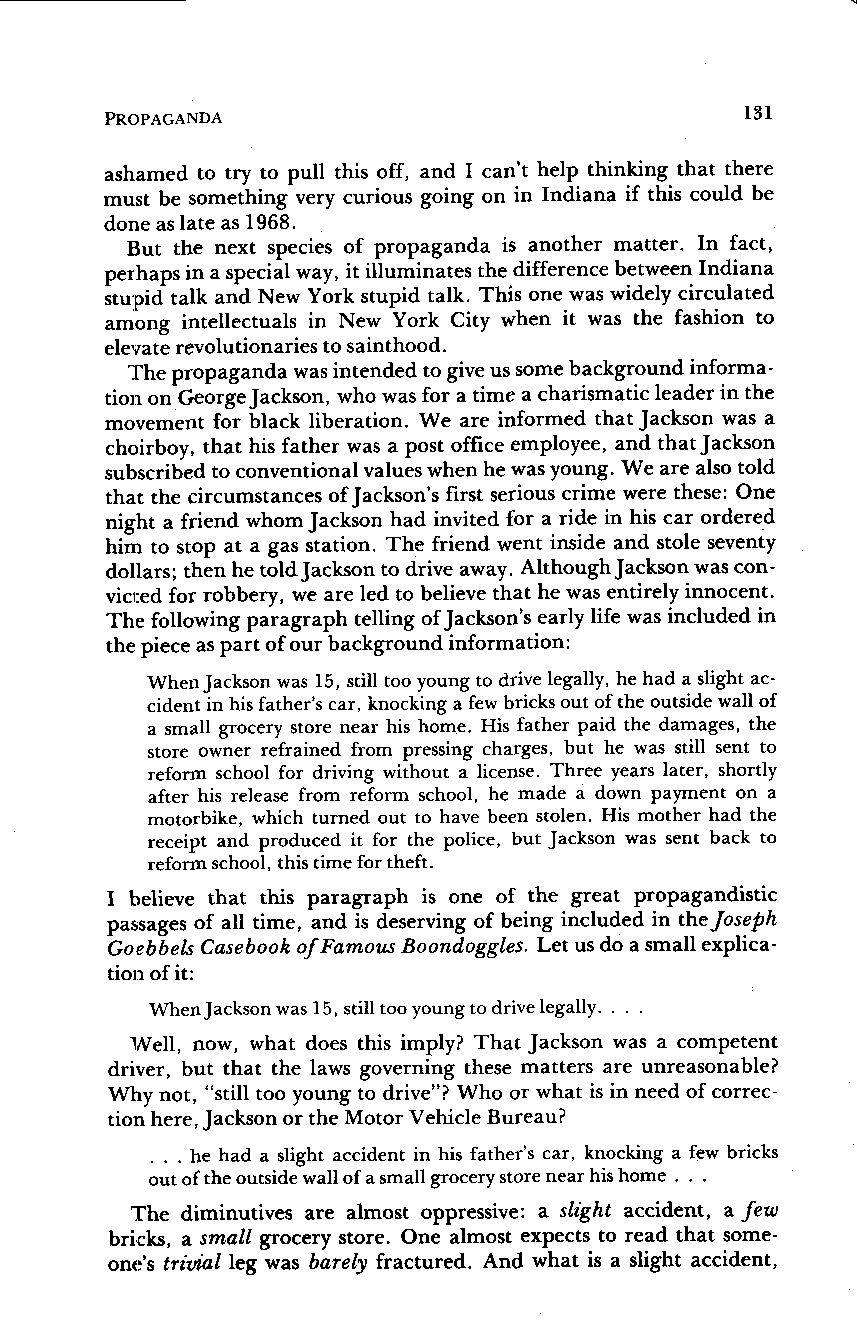
PROPAGANDA                                131
 ashamed to try to pull this off, and I can't help thinking that there
 must be something very curious going on in Indiana if this could be
 done as late as 1968 .
 But the next species of propaganda is another matter. In fact,
 perhaps in a special way, it illuminates the difference between Indiana
 stupid talk and New York stupid talk . This one was widely circulated
 among intellectuals in New York City when it was the fashion to
 elevate revolutionaries to sainthood .
 The propaganda was intended to give us some background informa-
 tion on George Jackson, who was for a time a charismatic leader in the
 movement for black liberation. We are informed that Jackson was a
 choirboy, that his father was a post office employee, and that Jackson
 subscribed to conventional values when he was young. We are also told
 that the circumstances of Jackson's first serious crime were these: One
 night a friend whom Jackson had invited for a ride in his car ordered
 him to stop at a gas station . The friend went inside and stole seventy
 dollars; then he told Jackson to drive away. Although Jackson was con-
 victed for robbery, we are led to believe that he was entirely innocent.
 The following paragraph telling of Jackson's early life was included in
 the piece as part of our background information :
 When Jackson was 15, still too young to drive legally, he had a slight ac-
 cident in his father's car, knocking a few bricks out of the outside wall of
 a small grocery store near his home . His father paid the damages, the
 store owner refrained from pressing charges, but he was still sent to
 reform school for driving without a license. Three years later, shortly
 after his release from reform school, he made a down payment on a
 motorbike, which turned out to have been stolen . His mother had the
 receipt and produced it for the police, but Jackson was sent back to
 reform school, this time for theft.
 I believe that this paragraph is one of the great propagandistic
 passages of all time, and is deserving of being included in the Joseph
 Goebbels Casebook of Famous Boondoggles. Let us do a small explica-
 tion of it:
 When Jackson was 15, still too young to drive legally. . . .
 Well, now, what does this imply? That Jackson was a competent
 driver, but that the laws governing these matters are unreasonable?
 Why not, "still too young to drive"? Who or what is in need of correc-
 tion here, Jackson or the Motor Vehicle Bureau?
 . . . he had a slight accident in his father's car, knocking a few bricks
 out of the outside wall of a small grocery store near his home . . .
 The diminutives are almost oppressive : a slight accident, a few
 bricks, a small grocery store. One almost expects to read that some-
 one's trivial leg was barely fractured. And what is a slight accident,